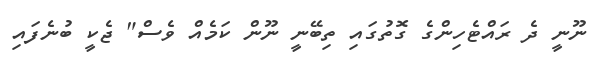
ނޫނީ ދެ ރައްޓެހިންގެ ގޮތުގައި ތިބޭނީ ނޫން ކަމެއް ވެސް" ޖެކީ ބުނެފައި